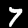
Digit: 7